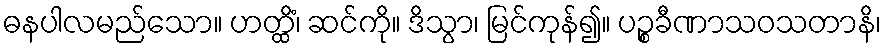
ဓနပါလမည်သော။ ဟတ္ထိံ၊ ဆင်ကို။ ဒိသွာ၊ မြင်ကုန်၍။ ပဉ္စခီဏာသဝသတာနိ၊